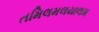
તમિલમલયાલમ